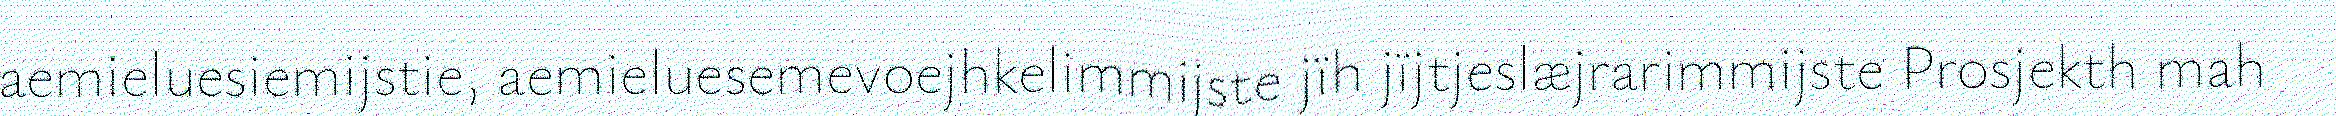
aemieluesiemijstie, aemieluesemevoejhkelimmijste jïh jïjtjeslæjrarimmijste Prosjekth mah